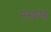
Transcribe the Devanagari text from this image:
मखण्ड